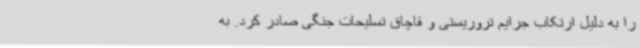
را به دلیل ارتکاب جرایم تروریستی و قاچاق تسلیحات جنگی صادر کرد. به